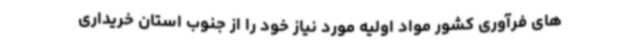
های فرآوری کشور مواد اولیه مورد نیاز خود را از جنوب استان خریداری